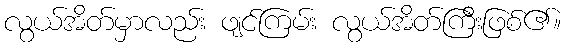
လွယ်အိတ်မှာလည်း ဖျင်ကြမ်း လွယ်အိတ်ကြီးဖြစ်၏။